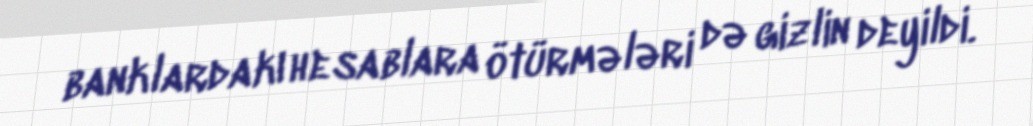
banklardakı hesablara ötürmələri də gizlin deyildi.